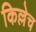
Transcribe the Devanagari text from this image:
किल्लेच